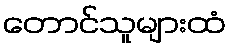
တောင်သူများထံ